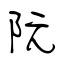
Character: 阮